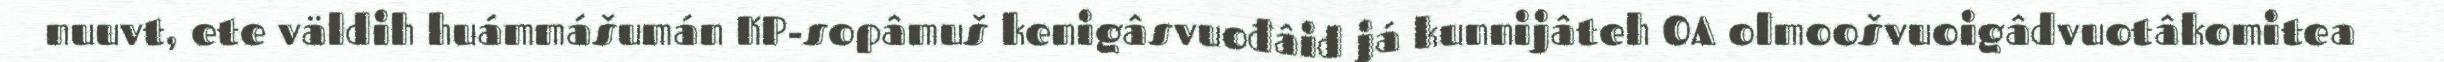
nuuvt, ete väldih huámmášumán KP-sopâmuš kenigâsvuođâid já kunnijâteh OA olmoošvuoigâdvuotâkomitea